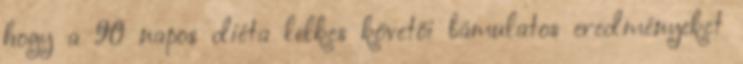
hogy a 90 napos diéta lelkes követői bámulatos eredményeket